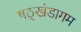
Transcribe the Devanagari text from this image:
षठ्खंडागम